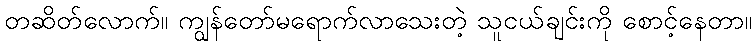
တဆိတ်လောက်။ ကျွန်တော်မရောက်လာသေးတဲ့ သူငယ်ချင်းကို စောင့်နေတာ။